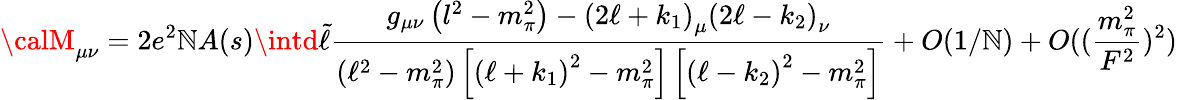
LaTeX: {\calM}_{{\mu}{\nu}}=2e^{2}\mathbb{N}A(s)\intd\tilde{{\ell}}\frac{{g_{{\mu}{\nu}}\left(l^{2}-m_{\pi}^{2}\right)-\left(2{\ell}+k_{1}\right)_{\mu}\left(2{\ell}-k_{2}\right)_{\nu}}}{{\left({\ell}^{2}-m_{\pi}^{2}\right)\left[\left({\ell}+k_{1}\right)^{2}-m_{\pi}^{2}\right]\left[\left({\ell}-k_{2}\right)^{2}-m_{\pi}^{2}\right]}}+O(1/\mathbb{N})+O((\frac{{m_{\pi}^{2}}}{{F^{2}}})^{2})